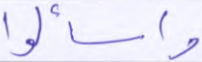
واسألوا